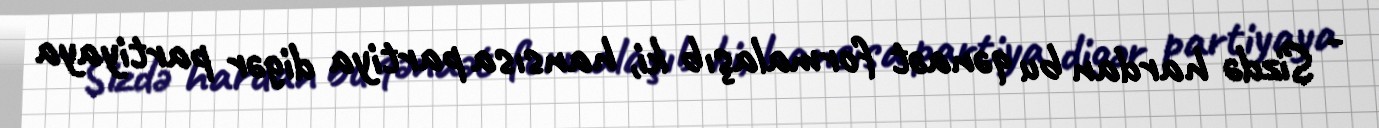
- Sizdə hardan bu qənaət formalaşıb ki, hansısa partiya digər partiyaya